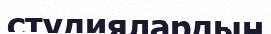
студиялардың